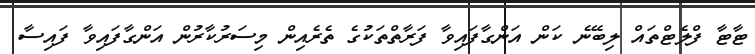
ޓާޓާ ފްލެޓްތައް ލިބޭނެ ކަން އަންގާފައިވާ ފަރާތްތަކުގެ ތެރެއިން މިސަރުކާރުން އަންގާފައިވާ ފައިސާ